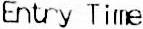
ENTRY TIME